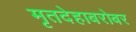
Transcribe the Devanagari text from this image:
मृतदेहाबरोबर